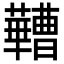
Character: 𬟠